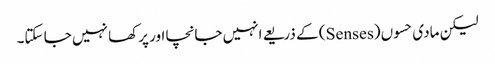
لیکن مادی حسوں (Senses) کے ذریعے انہیں جانچا اور پرکھا نہیں جا سکتا۔